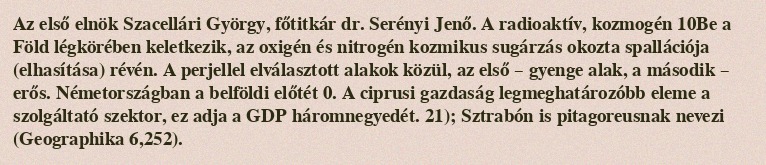
Az első elnök Szacellári György, főtitkár dr. Serényi Jenő. A radioaktív, kozmogén 10Be a Föld légkörében keletkezik, az oxigén és nitrogén kozmikus sugárzás okozta spallációja (elhasítása) révén. A perjellel elválasztott alakok közül, az első – gyenge alak, a második – erős. Németországban a belföldi előtét 0. A ciprusi gazdaság legmeghatározóbb eleme a szolgáltató szektor, ez adja a GDP háromnegyedét. 21); Sztrabón is pitagoreusnak nevezi (Geographika 6,252).